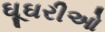
ઘૂઘરીઓ